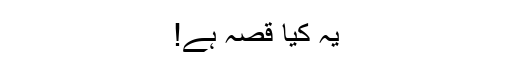
یہ کیا قصہ ہے!